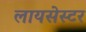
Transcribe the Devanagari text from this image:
लायसेस्टर